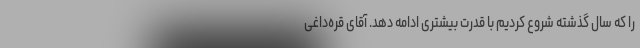
را که سال گذشته شروع کردیم با قدرت بیشتری ادامه دهد. آقای قره‌داغی